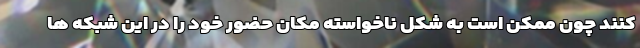
کنند چون ممکن است به شکل ناخواسته مکان حضور خود را در این شبکه ها